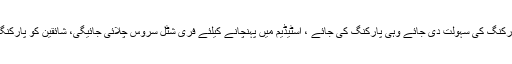
ناصر حسین شاہ نے کہا کہ شائقین کوپارکنگ کی سہولت دی جائے وہی پارکنگ کی جائے ، اسٹیڈیم میں پہنچانے کیلئے فری شٹل سروس چلائی جائیگی، شائقین کو پارکنگ سے شٹل سروس اسٹیڈیم پہنچائے گی۔